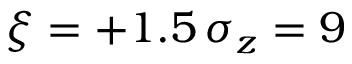
\xi = + 1 . 5 \, \sigma _ { z } = 9